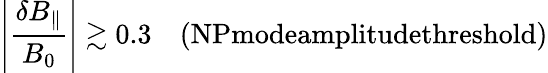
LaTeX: \left|\frac{\delta B_{\parallel}}{B_{0}}\right|\gtrsim 0.3\quad\textrm{(NPmodeamplitudethreshold)}